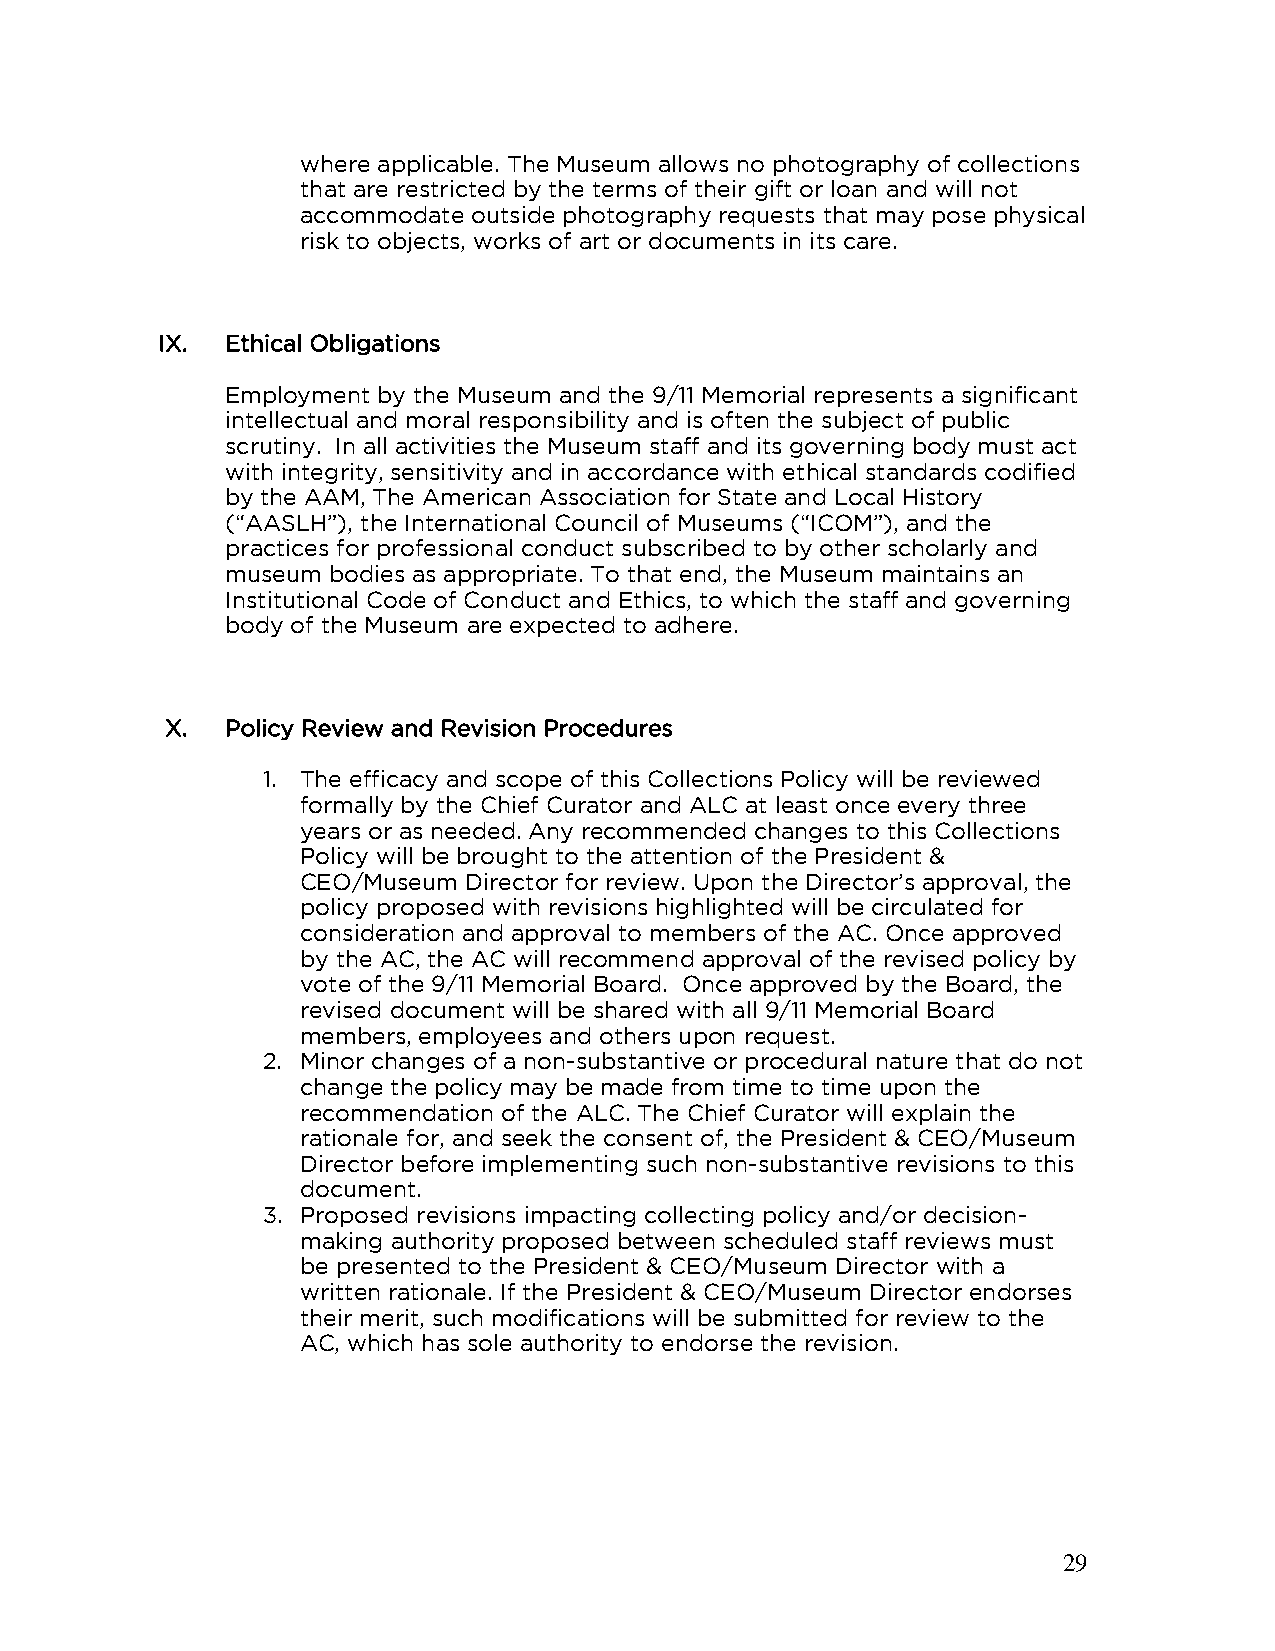
where applicable. The Museum allows no photography of collections
 that are restricted by the terms of their gift or loan and will not
 accommodate outside photography requests that may pose physical
 risk to objects, works of art or documents in its care.
 IX.  Ethical Obligations
 Employment by the Museum and the 9/11 Memorial represents a significant
 intellectual and moral responsibility and is often the subject of public
 scrutiny. In all activities the Museum staff and its governing body must act
 with integrity, sensitivity and in accordance with ethical standards codified
 by the AAM, The American Association for State and Local History
 (“AASLH”), the International Council of Museums (“ICOM”), and the
 practices for professional conduct subscribed to by other scholarly and
 museum bodies as appropriate. To that end, the Museum maintains an
 Institutional Code of Conduct and Ethics, to which the staff and governing
 body of the Museum are expected to adhere.
 X.  Policy Review and Revision Procedures
 1. The efficacy and scope of this Collections Policy will be reviewed
 formally by the Chief Curator and ALC at least once every three
 years or as needed. Any recommended changes to this Collections
 Policy will be brought to the attention of the President &
 CEO/Museum Director for review. Upon the Director’s approval, the
 policy proposed with revisions highlighted will be circulated for
 consideration and approval to members of the AC. Once approved
 by the AC, the AC will recommend approval of the revised policy by
 vote of the 9/11 Memorial Board. Once approved by the Board, the
 revised document will be shared with all 9/11 Memorial Board
 members, employees and others upon request.
 2. Minor changes of a non-substantive or procedural nature that do not
 change the policy may be made from time to time upon the
 recommendation of the ALC. The Chief Curator will explain the
 rationale for, and seek the consent of, the President & CEO/Museum
 Director before implementing such non-substantive revisions to this
 document.
 3. Proposed revisions impacting collecting policy and/or decision-
 making authority proposed between scheduled staff reviews must
 be presented to the President & CEO/Museum Director with a
 written rationale. If the President & CEO/Museum Director endorses
 their merit, such modifications will be submitted for review to the
 AC, which has sole authority to endorse the revision.
 29